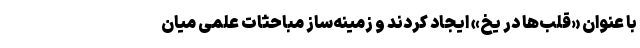
با عنوان «قلب‌ها در یخ» ایجاد کردند و زمینه‌ساز مباحثات علمی میان